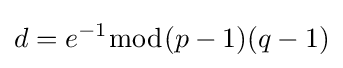
d=e^{-1}{\bmod {(}}p-1)(q-1)